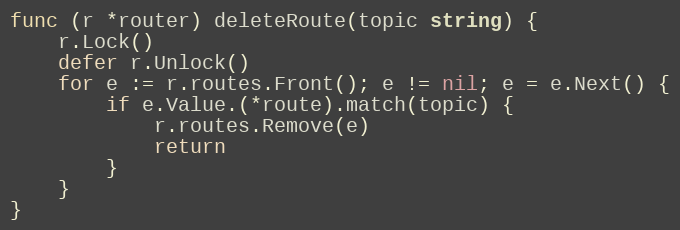
Language: Go
func (r *router) deleteRoute(topic string) {
	r.Lock()
	defer r.Unlock()
	for e := r.routes.Front(); e != nil; e = e.Next() {
		if e.Value.(*route).match(topic) {
			r.routes.Remove(e)
			return
		}
	}
}